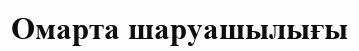
Омарта шаруашылығы